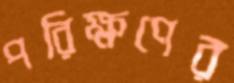
পরিক্ষণের